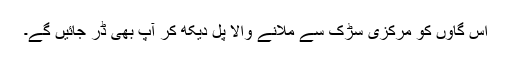
اس گاوں کو مرکزی سڑک سے ملانے والا پل ديکھ کر آپ بھی ڈر جائیں گے۔